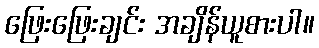
ဖြေးဖြေးချင်း အချိန်ယူစားပါ။